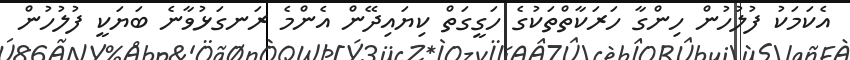
އެކަމަކު ފުލުހުން ހިންގާ ހަރަކާތްތަކުގެ ހަގީގަތް ކިޔައިދޭން އެންމެ ރަނގަޅުވާނެ ބަޔަކީ ފުލުހުން